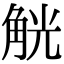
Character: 觥